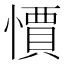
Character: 𭞼